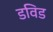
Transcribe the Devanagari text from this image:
डविड